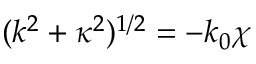
( k ^ { 2 } + \kappa ^ { 2 } ) ^ { 1 / 2 } = - k _ { 0 } \chi